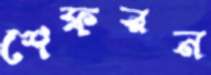
শেফরন